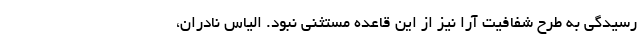
رسیدگی به طرح شفافیت آرا نیز از این قاعده مستثنی نبود. الیاس نادران،